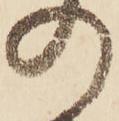
の